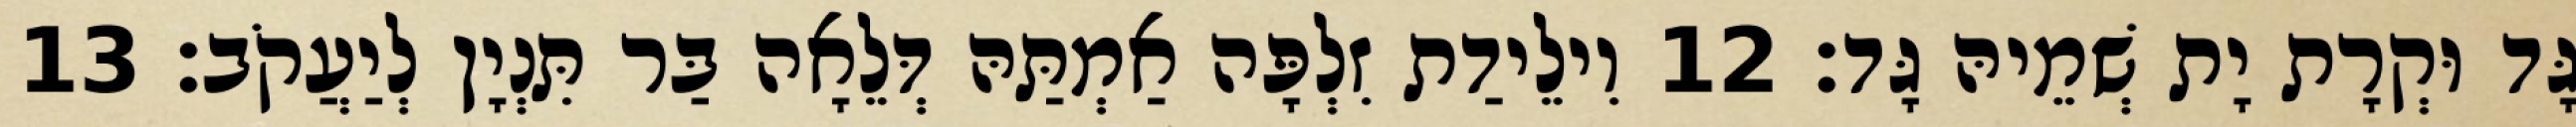
גָּד וּקְרָת יָת שְׁמֵיהּ גָּד׃ 12 וִילֵידַת זִלְפָּה אַמְתַּהּ דְּלֵאָה בַּר תִּנְיָן לְיַעֲקֹב׃ 13